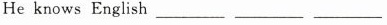
He knows English_________ _________ __________________